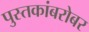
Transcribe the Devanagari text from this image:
पुस्तकांबरोबर